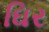
ઘિર